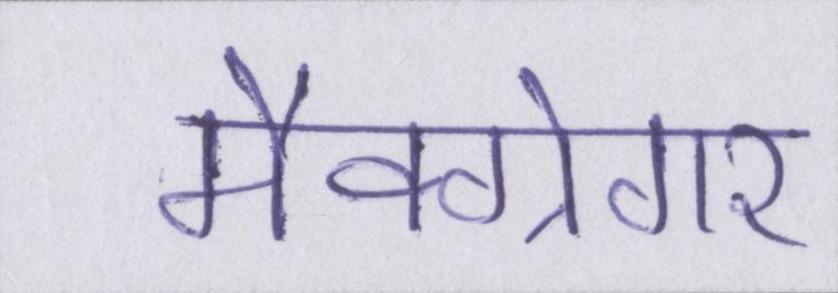
मैक्ग्रेगर